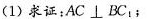
(1)求证：AC⊥BC；